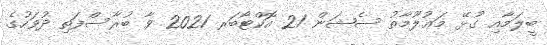
ބީލަމާއި ގުޅޭ މަޢުލޫމާތު ސެޝަން 21 އޮކްޓޯބަރ 2021 ވާ ބުރާސްފަތި ދުވަހުގެ